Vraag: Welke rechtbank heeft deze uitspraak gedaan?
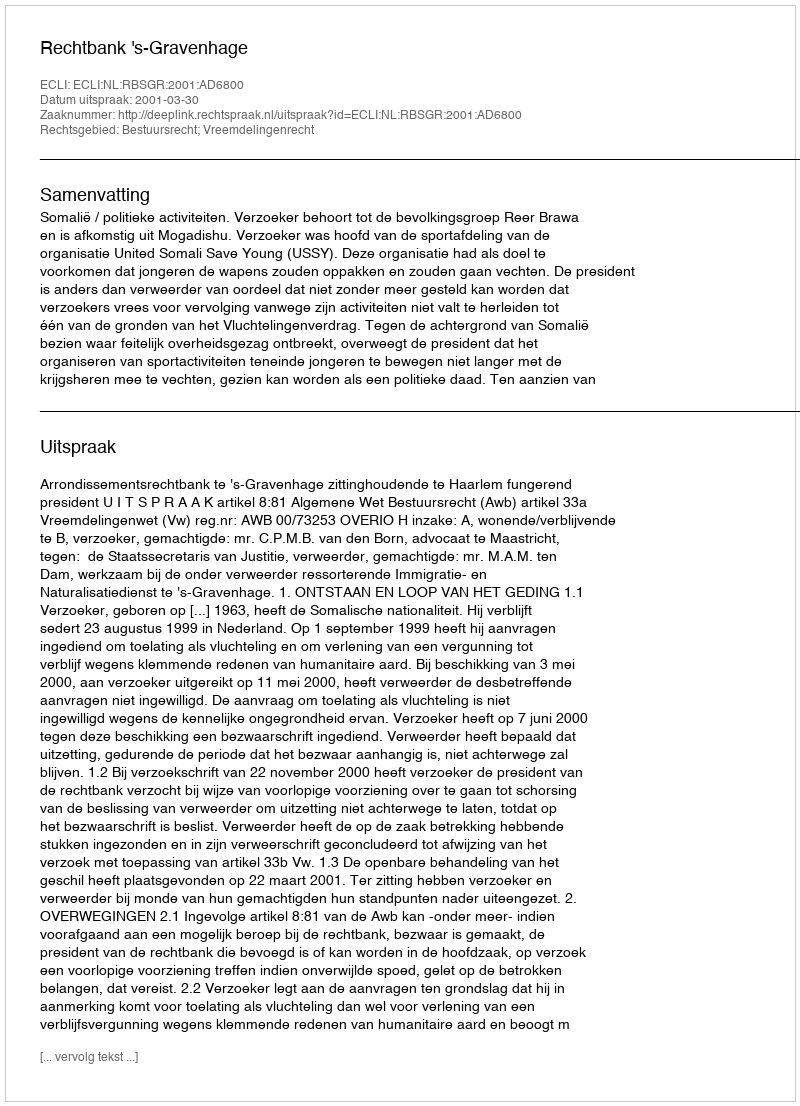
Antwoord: Rechtbank 's-Gravenhage